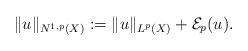
LaTeX: \begin{align*}\Vert u\Vert_{N^{1,p}(X)}:=\Vert u\Vert_{L^p(X)}+\mathcal{E}_p(u).\end{align*}